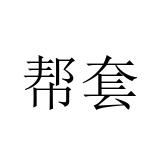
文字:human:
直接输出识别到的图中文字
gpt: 帮套